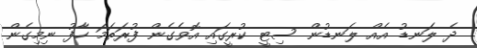
ދެ ލަނޑު އެއް ލަނޑުން ސިޓީ ކުރީގައި އޮވެގެން ފުރަތަމަ ހާފު ނިމިގެން